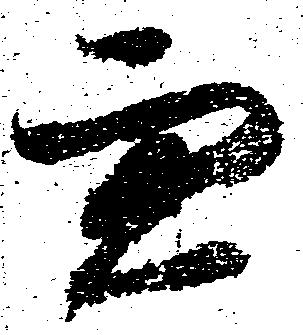
兼